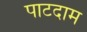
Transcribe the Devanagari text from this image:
पाटदाम